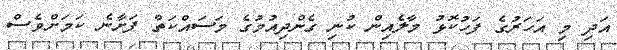
އަދި މި އަހަރުގެ ފަހުކޮޅު މާލެއިން ކުނި ގެންދިއުމުގެ މަސައްކަތް ފަށާނެ ކަމަށްވެސް